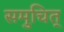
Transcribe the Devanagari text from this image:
समुचित्